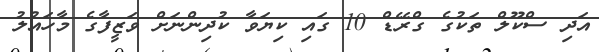
އަދި ސްކޫލް ތަކުގެ ގްރޭޑް 10 ގައި ކިޔަވާ ކުދިންނަށް ވަޒީފާގެ މާހައުލު